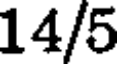
14/5